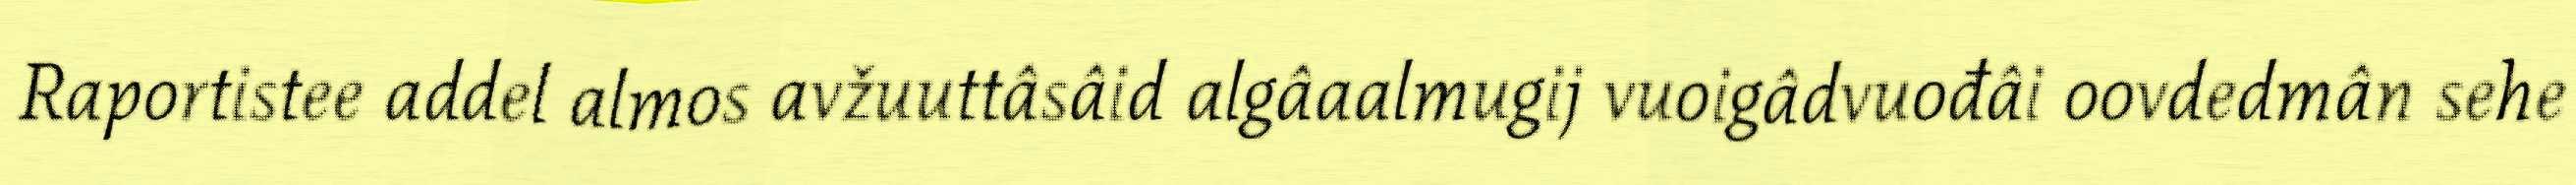
Raportistee addel almos avžuuttâsâid algâaalmugij vuoigâdvuođâi oovdedmân sehe